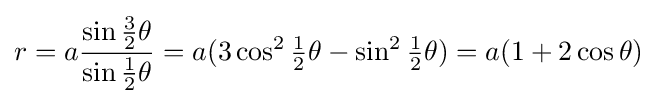
r=a{\frac {\sin {\tfrac {3}{2}}\theta }{\sin {\tfrac {1}{2}}\theta }}=a(3\cos ^{2}{\tfrac {1}{2}}\theta -\sin ^{2}{\tfrac {1}{2}}\theta )=a(1+2\cos \theta )